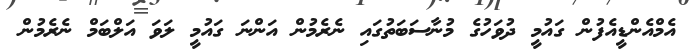
އެމްއެންޑީއެފުން ގައުމީ ދުވަހުގެ މުނާސަބަތުގައި ނެރެމުން އަންނަ ގައުމީ ލަވަ އަލްބަމް ނެރެމުން